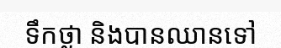
ទឹកថ្លា និងបានឈានទៅ